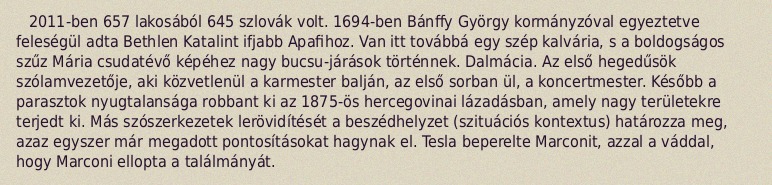
2011-ben 657 lakosából 645 szlovák volt. 1694-ben Bánffy György kormányzóval egyeztetve feleségül adta Bethlen Katalint ifjabb Apafihoz. Van itt továbbá egy szép kalvária, s a boldogságos szűz Mária csudatévő képéhez nagy bucsu-járások történnek. Dalmácia. Az első hegedűsök szólamvezetője, aki közvetlenül a karmester balján, az első sorban ül, a koncertmester. Később a parasztok nyugtalansága robbant ki az 1875-ös hercegovinai lázadásban, amely nagy területekre terjedt ki. Más szószerkezetek lerövidítését a beszédhelyzet (szituációs kontextus) határozza meg, azaz egyszer már megadott pontosításokat hagynak el. Tesla beperelte Marconit, azzal a váddal, hogy Marconi ellopta a találmányát.